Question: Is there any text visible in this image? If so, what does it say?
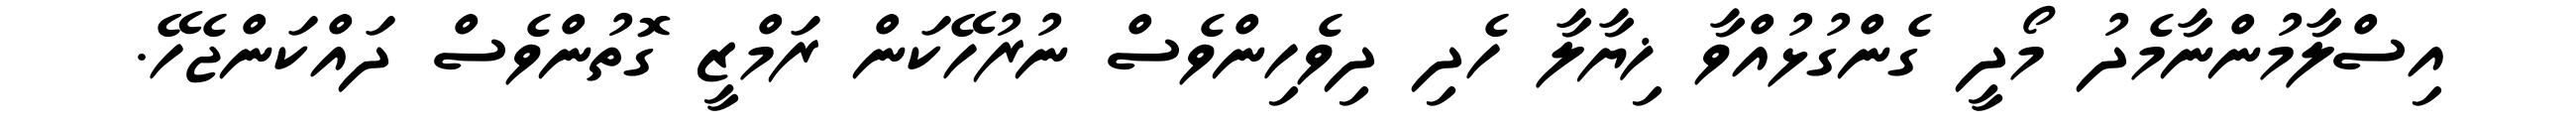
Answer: އިސްލާމުންނާމެދު މޯދީ ގެންގުޅުއްވާ ޚިޔާލާ ހެދި ދިވެހިންވެސް ނުރުހޭކަން ރަމްޒީ ގޮތުންވެސް ދައްކަންޖެހޭ.